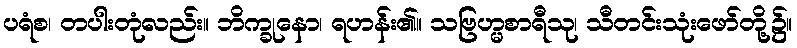
ပရံစ၊ တပါးတုံလည်း။ ဘိက္ခုနော၊ ရဟန်း၏။ သဗြဟ္မစာရီသု၊ သီတင်းသုံးဖော်တို့၌။